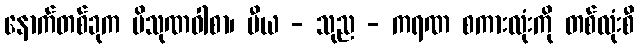
နောက်တစ်ခုက ပိသုဏဝါစာ၊ ပီယ - သုည - ကရဏ စကားလုံးကို တစ်လုံးစီ